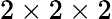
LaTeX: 2\times 2\times 2